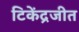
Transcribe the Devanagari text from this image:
टिकेंद्रजीत